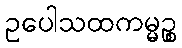
ဥပေါသထကမ္မဉ္စ